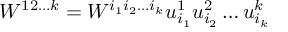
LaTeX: W ^ { 1 2 \ldots k } = W ^ { i _ { 1 } i _ { 2 } \ldots i _ { k } } u _ { i _ { 1 } } ^ { 1 } u _ { i _ { 2 } } ^ { 2 } \ldots u _ { i _ { k } } ^ { k }